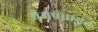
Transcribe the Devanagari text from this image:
प्रेमपंचामृत